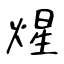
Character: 煋